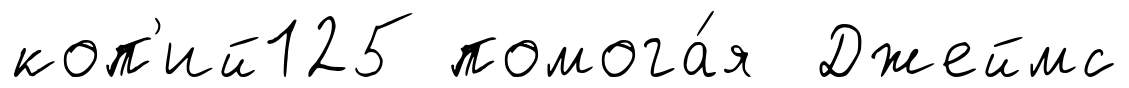
коп'ий125 помога́я Джеймс